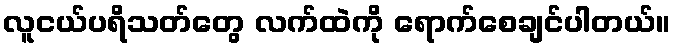
လူငယ်ပရိသတ်တွေ လက်ထဲကို ရောက်စေချင်ပါတယ်။